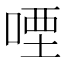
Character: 㖶